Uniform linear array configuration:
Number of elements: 64
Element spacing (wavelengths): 0.5
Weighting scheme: hann
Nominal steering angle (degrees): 45
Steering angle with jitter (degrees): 45.312
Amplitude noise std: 0.05
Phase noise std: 0.05

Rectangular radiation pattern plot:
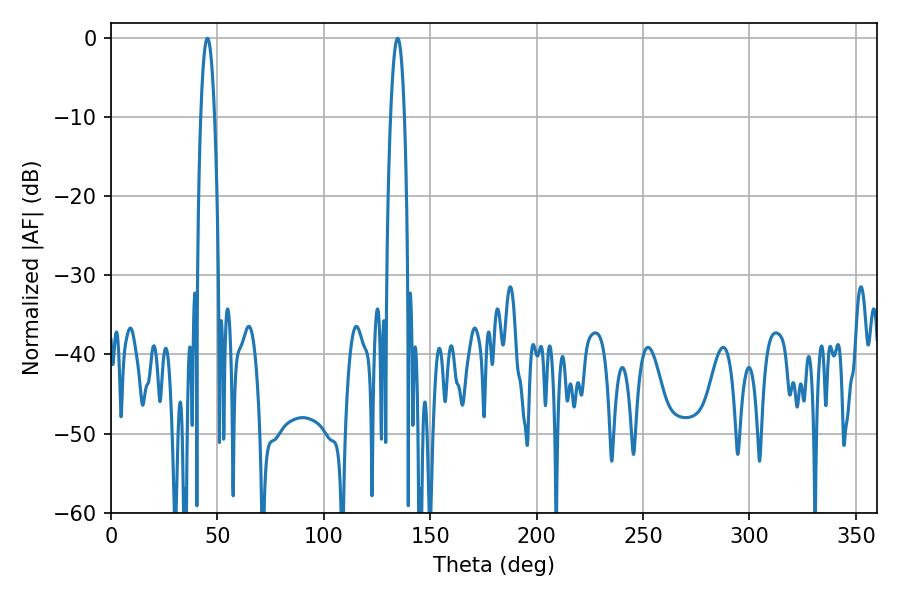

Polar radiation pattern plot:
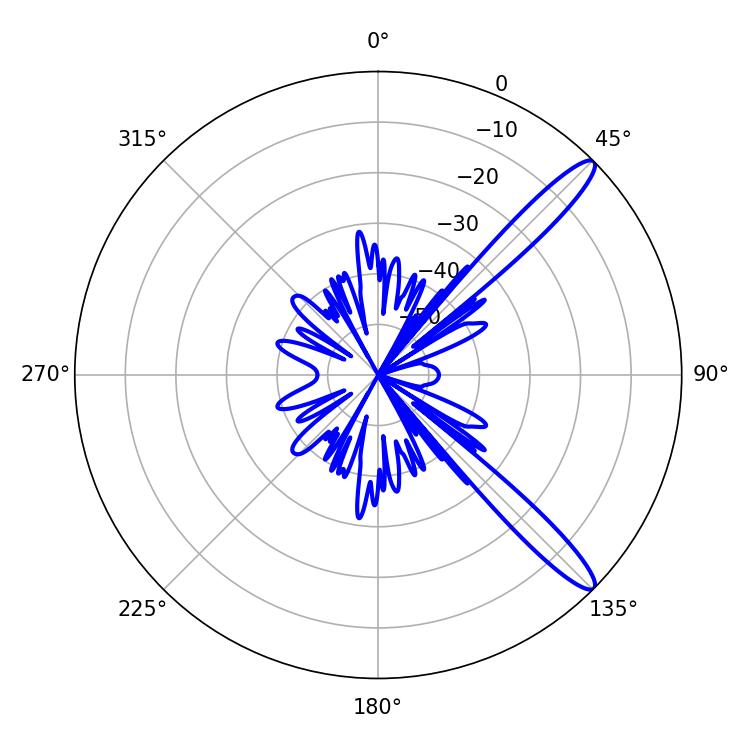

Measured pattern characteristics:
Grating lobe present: FALSE
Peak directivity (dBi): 13.15
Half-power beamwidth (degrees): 3.6
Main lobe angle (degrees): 45.36